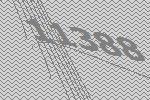
11388